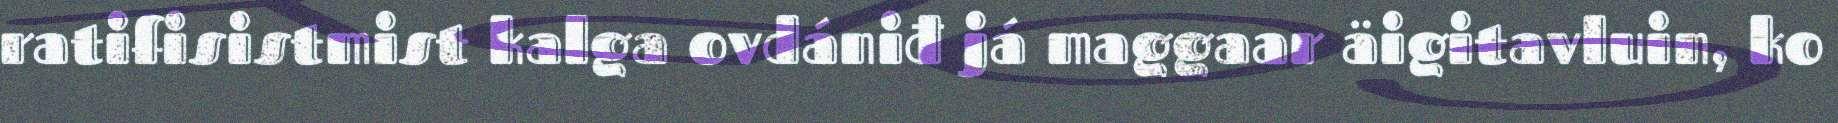
ratifisistmist kalga ovdániđ já maggaar äigitavluin, ko